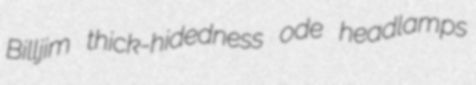
Billjim thick-hidedness ode headlamps